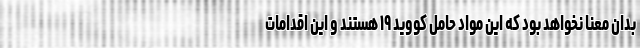
بدان معنا نخواهد بود که این مواد حامل کووید ۱۹ هستند و این اقدامات